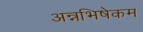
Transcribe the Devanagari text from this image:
अन्नभिषेकम